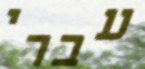
עברי